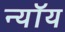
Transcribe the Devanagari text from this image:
न्यॉय